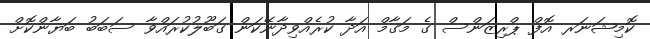
ކޮމިޝަނަރ އޮފް ޕްރިޒަންސް ގެ މަގާމް އަދާ ކުރެއްވިދާނޭކަން ގަބޫލުކުރައްވާ ސަބަބު ބަޔާންކޮށް